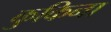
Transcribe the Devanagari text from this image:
कुकिना